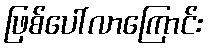
ဖြစ်ပေါ်လာကြောင်း